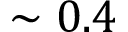
\sim 0 . 4